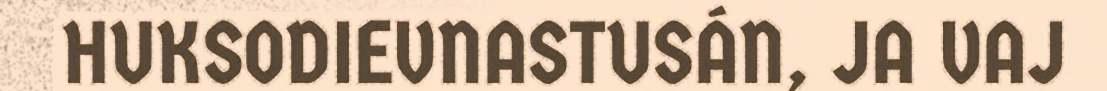
HUKSODIEVNASTUSÁN, JA VAJ